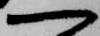
一